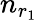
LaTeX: n_{r_{1}}